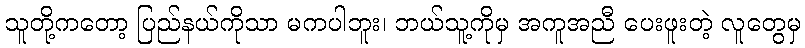
သူတို့ကတော့ ပြည်နယ်ကိုသာ မကပါဘူး၊ ဘယ်သူ့ကိုမှ အကူအညီ ပေးဖူးတဲ့ လူတွေမှ